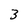
Character: 3